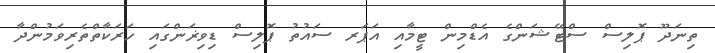
ތިނަދޫ ޕޮލިސް ސްޓޭޝަންގެ އެޑްމިން ޓީމާއި އަޕަރ ސައުތު ޕޮލިސް ޑިވިޜަންގައި ހަރަކާތްތެރިވަމުންދާ